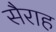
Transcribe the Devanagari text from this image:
सैराह